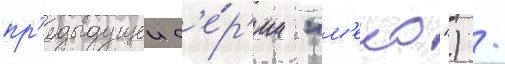
пр'едыдущеи с'е́р'ии "м'еко") /